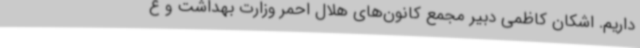
داریم. اشکان کاظمی دبیر مجمع کانون‌های هلال احمر وزارت بهداشت و ع